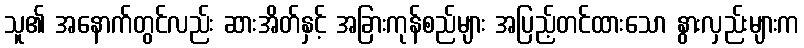
သူ၏ အနောက်တွင်လည်း ဆားအိတ်နှင့် အခြားကုန်စည်များ အပြည့်တင်ထားသော နွားလှည်းများက